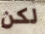
لكن